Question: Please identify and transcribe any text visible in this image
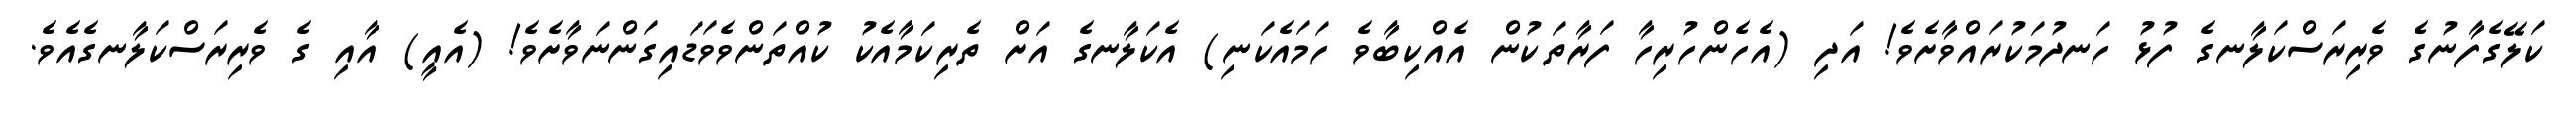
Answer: ކަލޭގެފާނުގެ ވެރިރަސްކަލާނގެ ފުޅު ހަނދުމަކުރައްވާށެވެ! އަދި (އެހެންހުރިހާ ފަރާތަކުން އެއްކިބާވެ ހަމައެކަނި) އެކަލާނގެ އަށް ތެރިކަމާއެކު ކުއްތަންވެވަޑައިގަންނަވާށެވެ! (އެއީ) އާއި ގެ ވެރިރަސްކަލާނގެއެވެ.